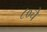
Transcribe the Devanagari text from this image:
८०चे